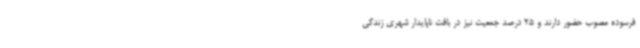
فرسوده مصوب حضور دارند و 25 درصد جمعیت نیز در بافت ناپایدار شهری زندگی